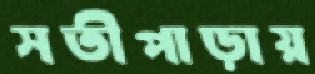
সতীপাড়ায়